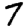
Digit: 7